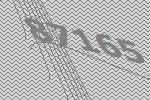
87165